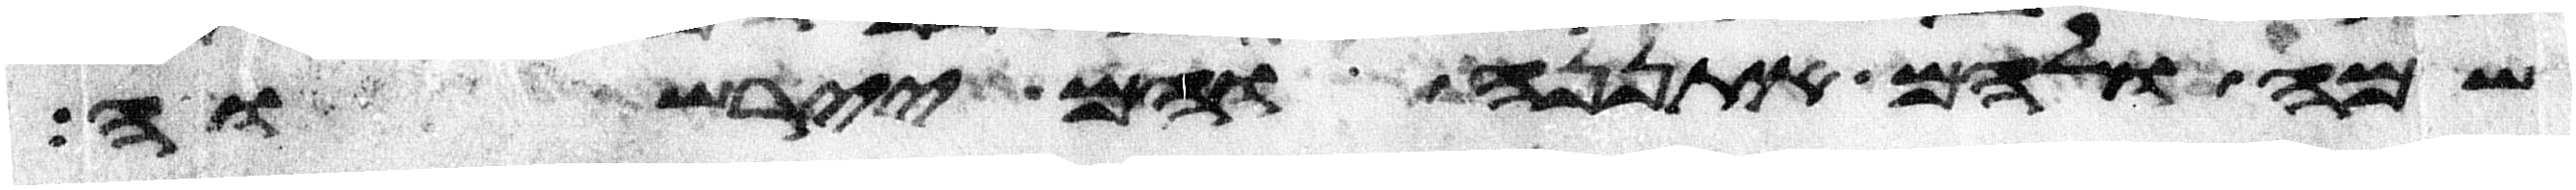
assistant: שם ולהם אתננה והם יירשוה